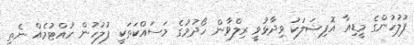
ފުލުހުންގެ މީޑިއާ އޮފިޝަލަކު ވިދާޅުވީ ރިލްވާން ހޯދުމުގެ މަސައްކަތަކީ ފުލުހުން ހުއްޓުމެއް ނެތި